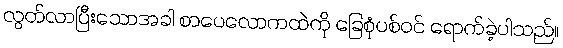
လွတ်လာပြီးသောအခါ စာပေလောကထဲကို ခြေစုံပစ်ဝင် ရောက်ခဲ့ပါသည်။